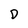
Character: D